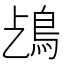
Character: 𩾤